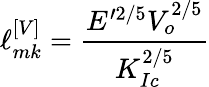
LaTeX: \ell_{mk}^{\left[V\right]}=\frac{E^{\prime 2/5}V_{o}^{2/5}}{K_{Ic}^{2/5}}